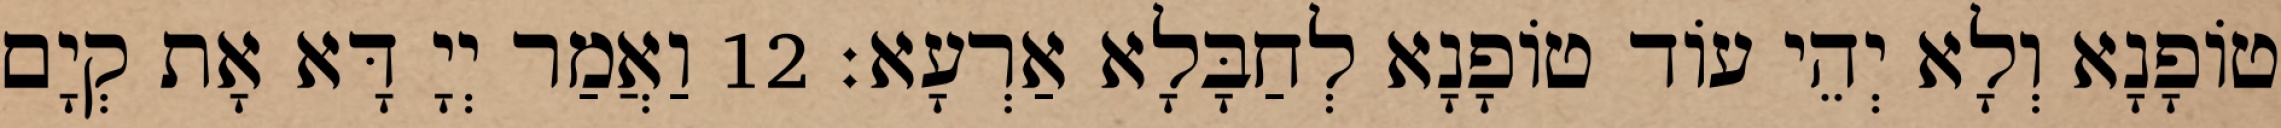
טוֹפָנָא וְלָא יְהֵי עוֹד טוֹפָנָא לְחַבָּלָא אַרְעָא׃ 12 וַאֲמַר יְיָ דָּא אָת קְיָם